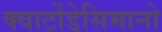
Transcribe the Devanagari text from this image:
क्वार्टोडेसिमानो